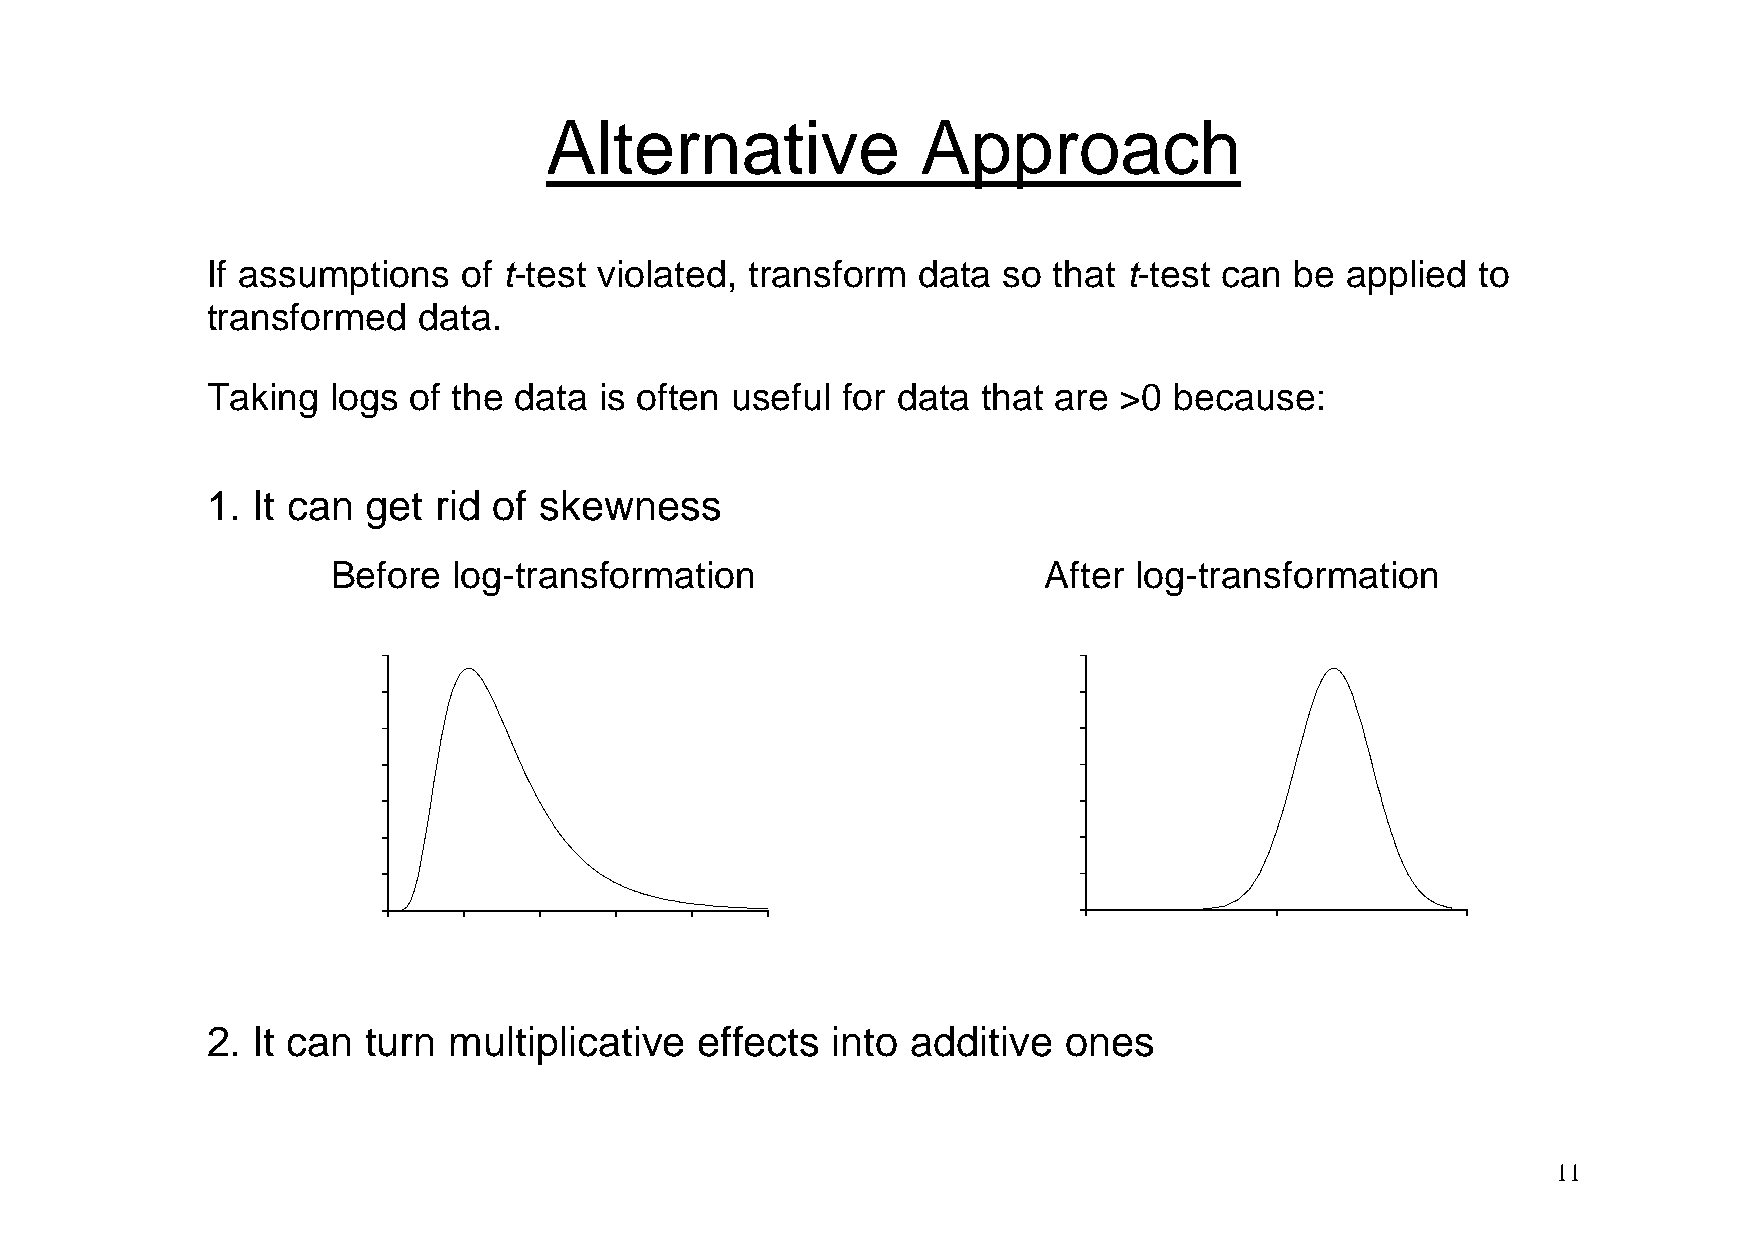
Alternative              Approach
 If assumptions   of t-test violated, transform data so  that t-test can be applied  to
 transformed   data.
 Taking  logs of the data  is often useful for data that are >0  because:
 1. It can get  rid of skewness
 Before  log-transformation                     After log-transformation
 0.35                                          0.35
 0.30                                          0.30
 0.25                                          0.25
 0.20                                          0.20
 0.15                                          0.15
 0.10                                          0.10
 0.05                                          0.05
 0.00                                          0.00
 0    2    4    6    8    10                   -2.5        0.0          2.5
 2. It can turn  multiplicative  effects  into additive  ones
 11